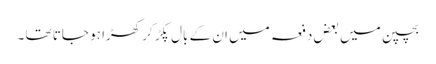
بچپن میں بعض دفعہ میں ان کے بال پکڑ کر کھڑا ہو جاتا تھا ۔